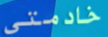
خادمتي